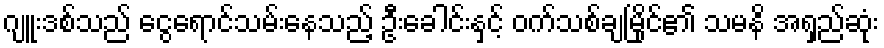
ဂျူးဒစ်သည် ငွေရောင်သမ်းနေသည့် ဦးခေါင်းနှင့် ဝက်သစ်ချမြိုင်၏ သမနိ အရှည်ဆုံး